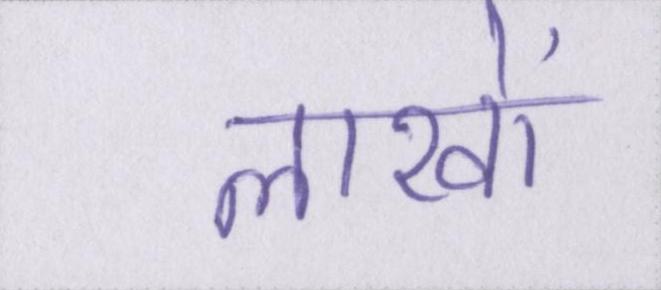
लाखों